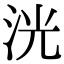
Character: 洸